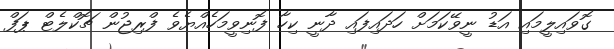
ގޮވައިލީމައި އަޑު ނީވޭކަމަށް ހަދައިފައި ދާނީ ކިހާ ފޮނިވީމަހެއްޔެވެ ފްރިޖުން ޗޮކްލެޓް ޕަފް